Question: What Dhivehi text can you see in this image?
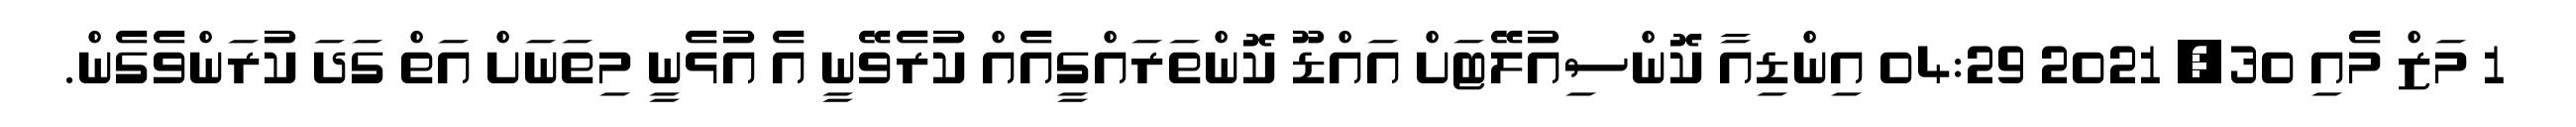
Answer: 1 މަޒް މެއި 30, 2021 04:29 އިންޑިއާ ކޮންސިއުލޭޓަށް އައްޑޫ ކޮންތަރައްގީއެއް ކުރެވޭނީ އެ އުޅެނީ މިތަނަށް އަތް ގަދަ ކުރަންވެގެން.